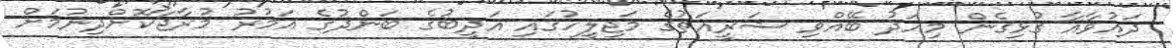
ދައުވާއާ ގުޅިގެން މިއަދު ބޭއްވި ޝަރީއަތުގެ މަޖިލީހުގައި އަދީބުގެ ބަންދުގެ އަމުރު މުރާޖާކޮށްދިނުމަށް